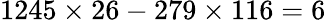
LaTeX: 1245\times 26-279\times 116=6